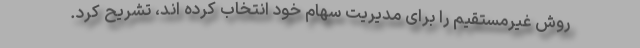
روش غیرمستقیم را برای مدیریت سهام خود انتخاب کرده اند، تشریح کرد.